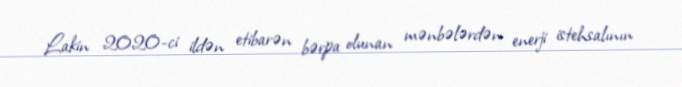
Lakin 2020-ci ildən etibarən bərpa olunan mənbələrdən enerji istehsalının